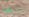
انها